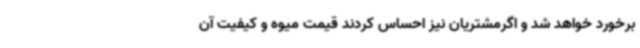
برخورد خواهد شد و اگرمشتریان نیز احساس کردند قیمت میوه و کیفیت آن